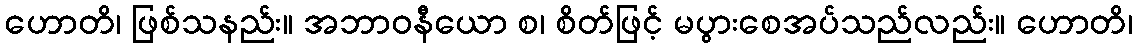
ဟောတိ၊ ဖြစ်သနည်း။ အဘာဝနီယော စ၊ စိတ်ဖြင့် မပွားစေအပ်သည်လည်း။ ဟောတိ၊